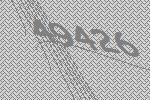
49426